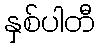
နှစ်ပါတီ